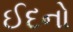
ઈદનો